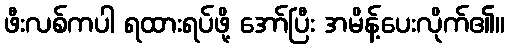
ဖီးလစ်ကပါ ရထားရပ်ဖို့ အော်ပြီး အမိန့်ပေးလိုက်၏။